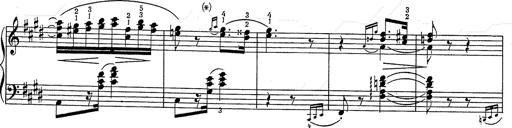
Title: Hungarian Rhapsody No.2
Composer: Franz Liszt
Key: C-sharp minor